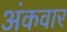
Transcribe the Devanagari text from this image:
अंकवार